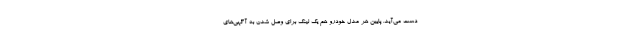
دست می‌آید. پایین هر مدل خودرو هم یک لینک برای وصل شدن به آگهی‌های